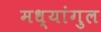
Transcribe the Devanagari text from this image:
मध्यांगुल